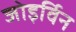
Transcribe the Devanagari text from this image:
जोइर्विन